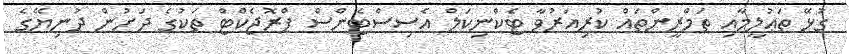
ގުޅޭ ތަޢުލީމާއި ތަމްރީންތައް ކުރިއަރުވާ ޓެކްނިކަލް އެސިސްޓެންސް ޕްރޮޖެކްޓް ތަކުގެ ދަށުން ދުނިޔޭގެ